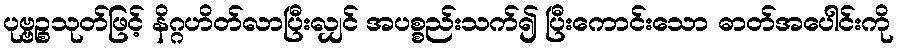
ပုဗ္ဗဉ္စသုတ်ဖြင့် နိဂ္ဂဟိတ်လာပြီးလျှင် အပစ္စည်းသက်၍ ပြီးကောင်းသော ဓာတ်အပေါင်းကို